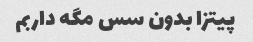
پیتزا بدون سس مگه داربم